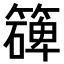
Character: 𥵔